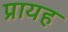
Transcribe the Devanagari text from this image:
प्रायह